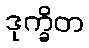
ဒုက္ခိတ